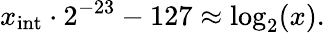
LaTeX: x_{\mathrm{int}}\cdot 2^{-23}-127\approx\log_{2}(x).